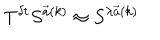
LaTeX: T ^ { \delta t } S ^ { { \vec { a } } ( k ) } \approx S ^ { \lambda { \vec { a } } ( k ) }